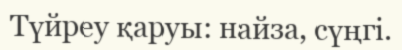
Түйреу қаруы: найза, сүңгі.